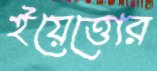
ইয়েত্তোর